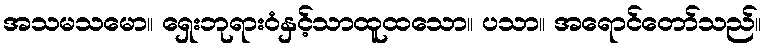
အသမသမော။ ရှေးဘုရားဝံနှင့်သာထူထသော။ ပသာ။ အရောင်တော်သည်။